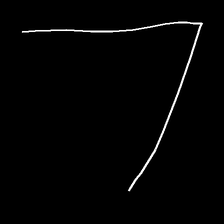
Glyph: region